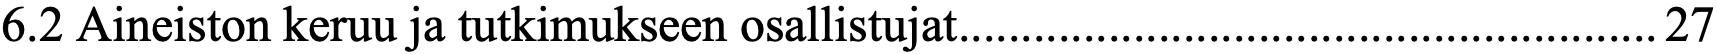
6.2 Aineiston keruu ja tutkimukseen osallistujat ........................................................ 27